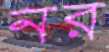
নর